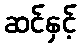
ဆင်နှင့်